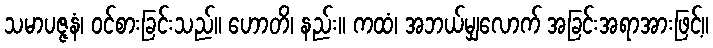
သမာပဇ္ဇနံ၊ ဝင်စားခြင်းသည်။ ဟောတိ၊ နည်း။ ကထံ၊ အဘယ်မျှလောက် အခြင်းအရာအားဖြင့်။